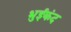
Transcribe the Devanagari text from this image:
भुईकंद